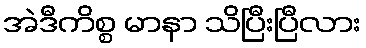
အဲဒီကိစ္စ မာနာ သိပြီးပြီလား